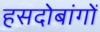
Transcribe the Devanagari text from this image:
हसदोबांगों